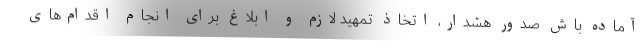
آماده باش صدور هشدار، اتخاذ تمهید لازم و ابلاغ برای انجام اقدام‌های